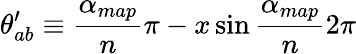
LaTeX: \theta_{ab}^{\prime}\equiv\frac{\alpha_{map}}{n}\pi-x\sin{\frac{\alpha_{map}}{n}2\pi}